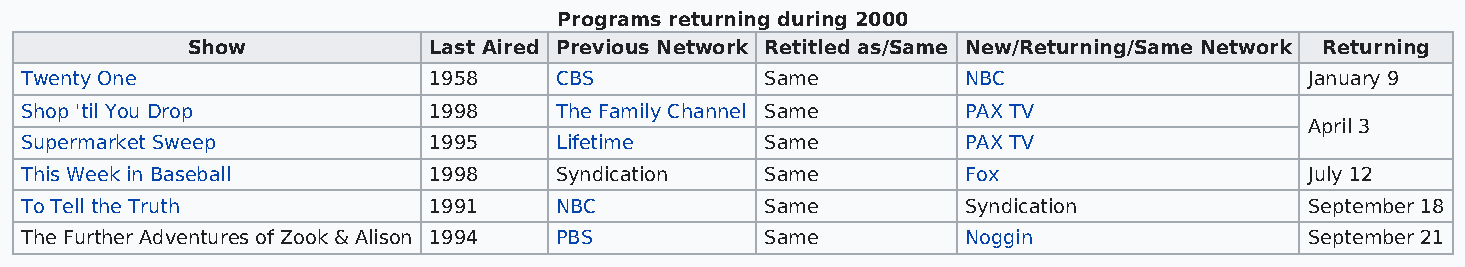
Programs returning during 2000
 Show            Last Aired Previous Network Retitled as/Same New/Returning/Same Network Returning
 Twenty One                 1958     CBS           Same         NBC                    January 9
 Shop 'til You Drop         1998     The Family Channel Same    PAX TV
 April 3
 Supermarket Sweep          1995     Lifetime      Same         PAX TV
 This Week in Baseball      1998     Syndication   Same         Fox                    July 12
 To Tell the Truth          1991     NBC           Same         Syndication            September 18
 The Further Adventures of Zook & Alison 1994 PBS  Same         Noggin                 September 21